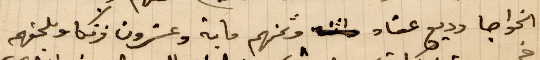
الخواجه وديع عقاد وثمنهم ماية وعشرون فرنكًا ويلحقهم